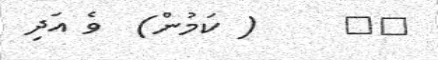
١٥     ( ކަމުން)  ވެ އަދި